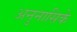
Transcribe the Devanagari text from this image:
अनुनासिके